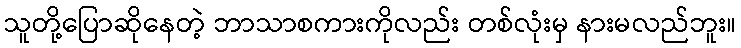
သူတို့ပြောဆိုနေတဲ့ ဘာသာစကားကိုလည်း တစ်လုံးမှ နားမလည်ဘူး။